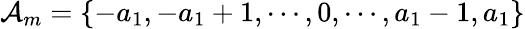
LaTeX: \mathcal{A}_{m}=\{ -a_{1},-a_{1}+1,\cdots,0,\cdots,a_{1}-1,a_{1}\}